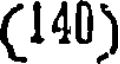
(140)